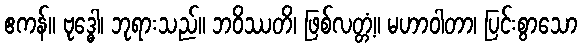
ဧကန်။ ဗုဒ္ဓေါ၊ ဘုရားသည်။ ဘဝိဿတိ၊ ဖြစ်လတ္တံ့။ မဟာဝါတာ၊ ပြင်းစွာသော